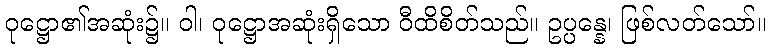
ဝုဋ္ဌော၏အဆုံး၌။ ဝါ၊ ဝုဋ္ဌောအဆုံးရှိသော ဝီထိစိတ်သည်။ ဥပ္ပန္နေ၊ ဖြစ်လတ်သော်။